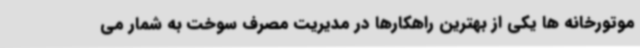
موتورخانه ها یکی از بهترین راهکارها در مدیریت مصرف سوخت به شمار می